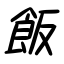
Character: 飯